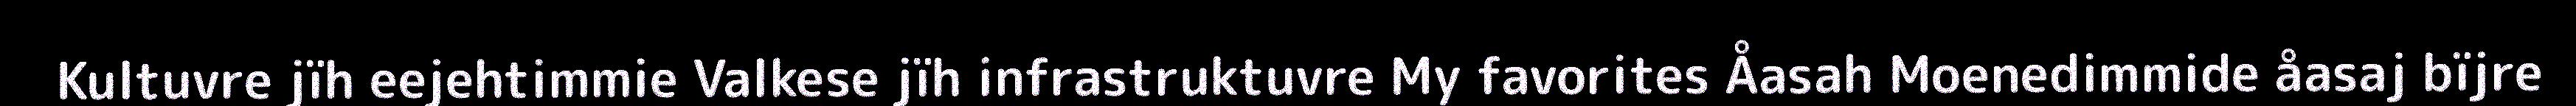
Kultuvre jïh eejehtimmie Valkese jïh infrastruktuvre My favorites Åasah Moenedimmide åasaj bïjre